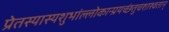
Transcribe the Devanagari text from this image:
प्रेतस्यास्यशुभांल्लोकान्प्रयच्छंतुचशाश्वतान्